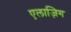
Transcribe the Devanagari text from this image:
एलाज़िग